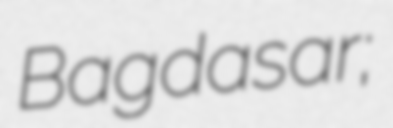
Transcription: Bagdasar;